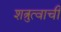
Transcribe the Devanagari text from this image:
शत्रुत्वाची